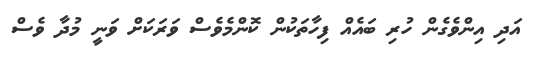
އަދި އިންވެގެން ހުރި ބައެއް ފިހާތަކުން ކޮންމެވެސް ވަރަކަށް ވަނީ މުދާ ވެސް